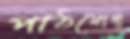
পাঠযোগ্য